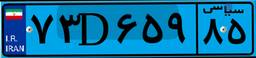
۱۹D۳۱۵۵۸